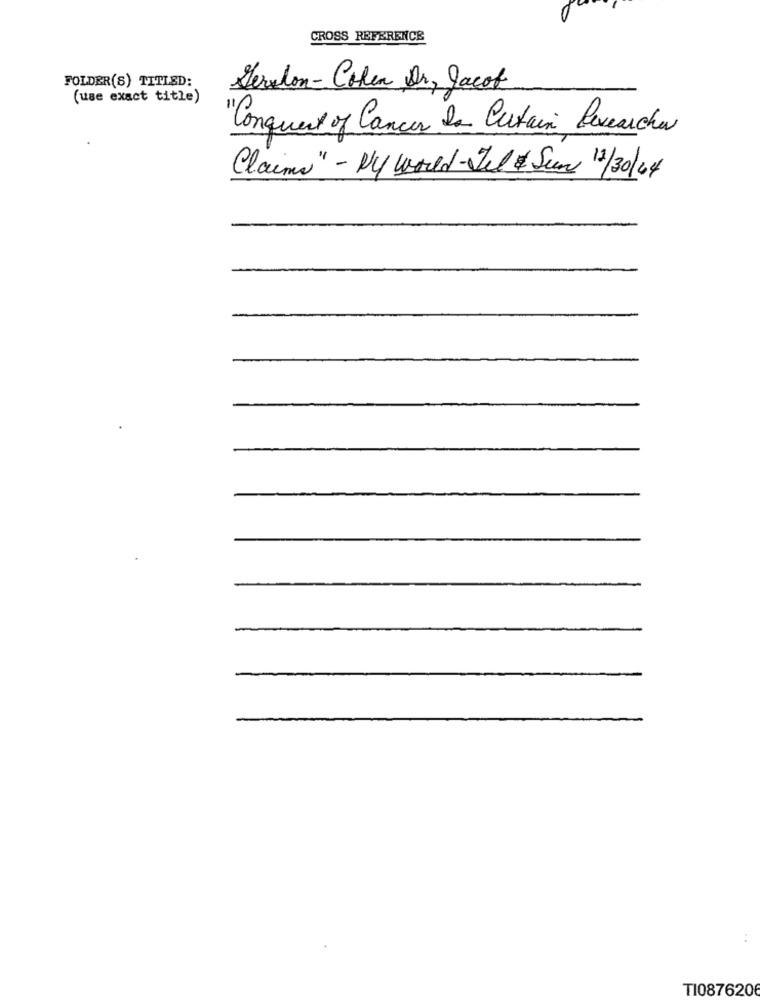
CROSS REFERENCE
FOLDER(S) TITLED:
Geralon - Cohen Dr, Jacob
(use exact title)
Conquest of Cancer La Curtain Researcher
Claims" - My World-Jel & Sun 12/30/04
TI0876206